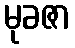
မုခဇာ